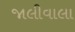
જાલીવાલા